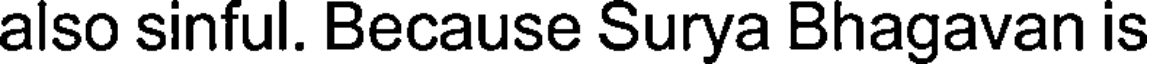
also sinful. Because Surya Bhagavan is